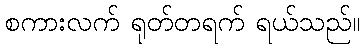
စကားလက် ရုတ်တရက် ရယ်သည်။